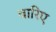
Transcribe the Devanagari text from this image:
वारिए